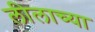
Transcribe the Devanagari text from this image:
लीलाच्या